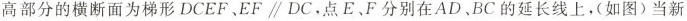
高部分的横断面为梯形DCEF、EF \parallel DC，点E、F分别在AD、BC的延长线上，（如图）当新